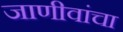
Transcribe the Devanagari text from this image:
जाणीवांचा